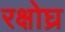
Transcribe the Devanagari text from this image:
रक्षोघ्र